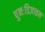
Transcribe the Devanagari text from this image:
पुनःडिज़ाइन